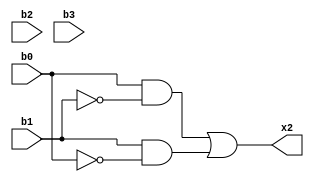
module f0(x2,b0,b1,b2,b3);
  
	input b0,b1,b2,b3;
	output x2;

	wire wire_not_1, wire_not_2, wire_3, wire_4;

	and gate_and_1(wire_3, b0, wire_not_2);
	not gate_not_1(wire_not_1, b0);
	or gate_or(x2, wire_3, wire_4);
	not gate_not_2(wire_not_2, b1);
	and gate_and_2(wire_4, b1, wire_not_1);

endmodule